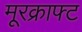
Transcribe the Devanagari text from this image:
मूरक्राफ्ट